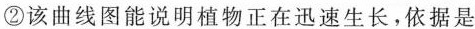
②该曲线图能说明植物正在迅速生长，依据是